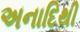
અનાદિથી